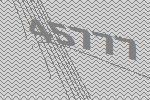
45777